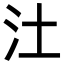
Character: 汢